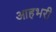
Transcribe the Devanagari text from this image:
आहभरी